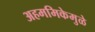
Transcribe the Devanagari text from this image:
अहममिकेमुळे